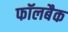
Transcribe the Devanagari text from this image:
फॉलबैक